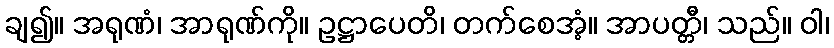
ချ၍။ အရုဏံ၊ အာရုဏ်ကို။ ဥဋ္ဌာပေတိ၊ တက်စေအံ့။ အာပတ္တီ၊ သည်။ ဝါ၊